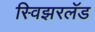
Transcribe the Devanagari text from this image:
स्विझरलॅड